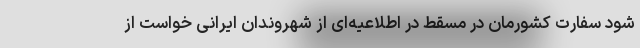
شود سفارت کشورمان در مسقط در اطلاعیه‌ای از شهروندان ایرانی خواست از